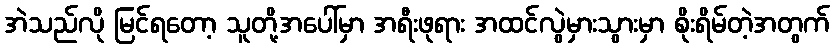
အဲသည်လို မြင်ရတော့ သူတို့အပေါ်မှာ အရီးဖုရား အထင်လွဲမှားသွားမှာ စိုးရိမ်တဲ့အတွက်